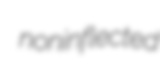
noninflected